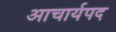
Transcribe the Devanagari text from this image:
आचार्यपद